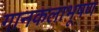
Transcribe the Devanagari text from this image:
गानकलाभूषण